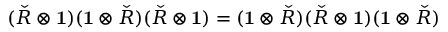
( { \check { R } } \otimes \mathbf { 1 } ) ( \mathbf { 1 } \otimes { \check { R } } ) ( { \check { R } } \otimes \mathbf { 1 } ) = ( \mathbf { 1 } \otimes { \check { R } } ) ( { \check { R } } \otimes \mathbf { 1 } ) ( \mathbf { 1 } \otimes { \check { R } } )